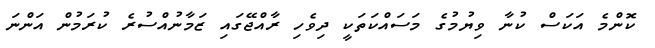
ކޮންމެ އަކަސް ކުނާ ވިޔުމުގެ މަސައްކަތަކީ ދިވެހި ރާއްޖޭގައި ޒަމާނުއްސުރެ ކުރަމުން އަންނަ